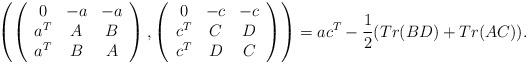
LaTeX: \begin{align*}\left(\left(\begin{array}{ccc}0 & -a & -a \\a^T & A & B \\a^T & B & A\end{array}\right),\left(\begin{array}{ccc}0 & -c & -c \\c^T & C & D \\c^T & D & C\end{array}\right)\right)=\displaystyle ac^T-\frac{1}{2}(Tr(BD)+Tr(AC)).\end{align*}